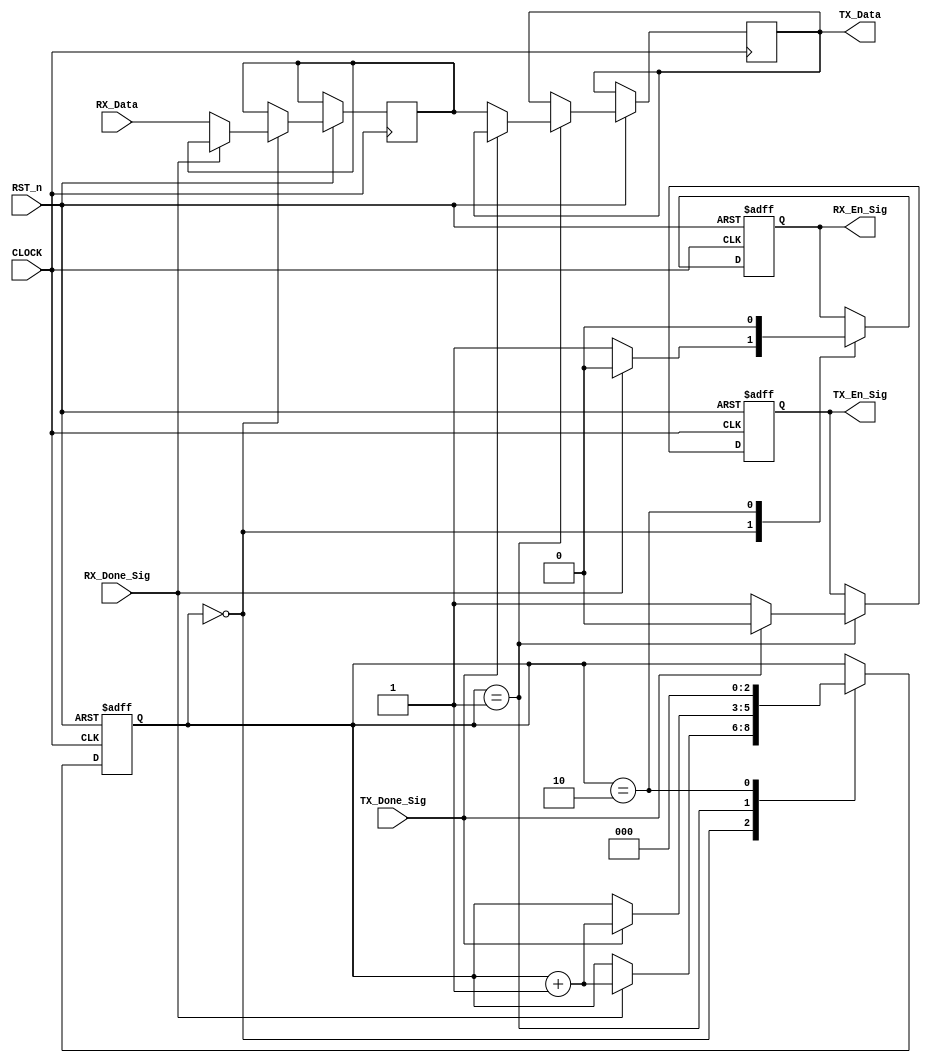
//***************************************//
//# @Author: 
//# @Date:   2019-05-12 22:32:32
//# @Last Modified by:   zlk
//# @Last Modified time: 2019-05-12 23:25:55
//****************************************//
module inter_control_module
(
    input CLOCK,
	input RST_n,
	 
	 //TX control signal
	 input TX_Done_Sig,
	 output TX_En_Sig,
	 output [7:0]TX_Data,
	 //RX control signal
	 input RX_Done_Sig,
	 output RX_En_Sig,
	 input [7:0]RX_Data
);

    /********************************/
	 
	 reg [2:0]i;
	 reg isTX_En_Sig;
	 reg isRX_En_Sig;	
	 reg [7:0]isRX_Data;
	 reg [7:0]isTX_Data;
	 
	 always @ ( posedge CLOCK or negedge RST_n )
	     if( !RST_n )
		      begin
				    i <= 3'd0;
					 isRX_En_Sig <= 1'b0;
					 isTX_En_Sig <= 1'b0;
				end
		  else 
		      case( i )
				
				    0:
					 if( RX_Done_Sig ) begin isRX_En_Sig <= 1'b0;i <= i + 1'b1; end
     				 else begin isRX_En_Sig <= 1'b1;isRX_Data <= RX_Data;   end
					 
				    1:
					 if( TX_Done_Sig  ) begin isTX_En_Sig <= 1'b0; i <= i + 1'b1; end
					 else begin isTX_En_Sig <= 1'b1; isTX_Data<=isRX_Data; end					 
					 
					 2:
					 begin isRX_En_Sig <= 1'b0; i <= 3'd0; end
					 
				
				endcase 
				
    /********************************/
	 
	 assign RX_En_Sig = isRX_En_Sig;
	 assign TX_En_Sig= isTX_En_Sig;
	 assign TX_Data = isTX_Data;
	 
	 /********************************/
	 
endmodule